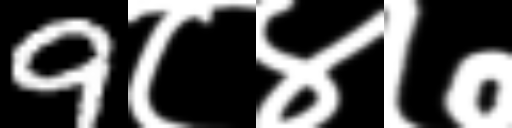
Text: 9८४७